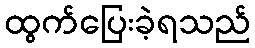
ထွက်ပြေးခဲ့ရသည်